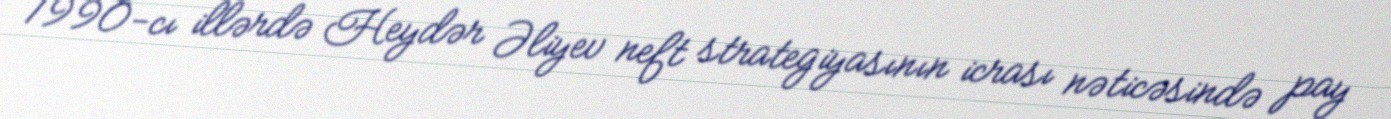
1990-cı illərdə Heydər Əliyev neft strategiyasının icrası nəticəsində pay